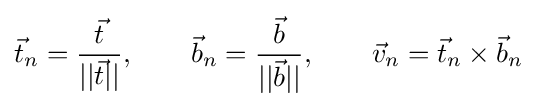
{\vec {t}}_{n}={\frac {\vec {t}}{||{\vec {t}}||}},\qquad {\vec {b}}_{n}={\frac {\vec {b}}{||{\vec {b}}||}},\qquad {\vec {v}}_{n}={\vec {t}}_{n}\times {\vec {b}}_{n}